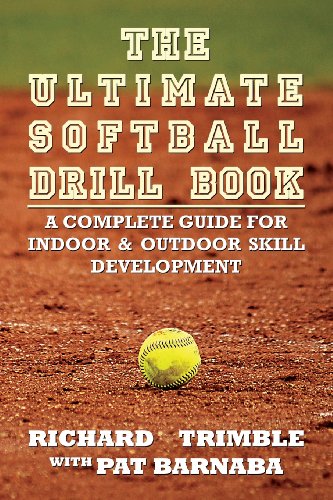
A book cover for The Ultimate Softball Drill Book: A Complete Guide for Indoor & Outdoor Skill Development; Richard Trimble; Sports & Outdoors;